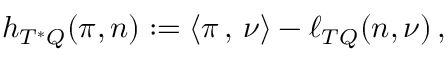
\begin{array} { r } { h _ { T ^ { * } Q } ( \pi , n ) : = \left< \pi \, , \, \nu \right> - \ell _ { T Q } ( n , \nu ) \, , } \end{array}